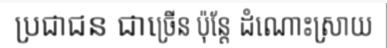
ប្រជាជន ជាច្រើន ប៉ុន្តែ ដំណោះស្រាយ